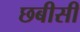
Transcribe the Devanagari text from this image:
छबीसी